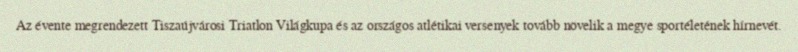
Az évente megrendezett Tiszaújvárosi Triatlon Világkupa és az országos atlétikai versenyek tovább növelik a megye sportéletének hírnevét.